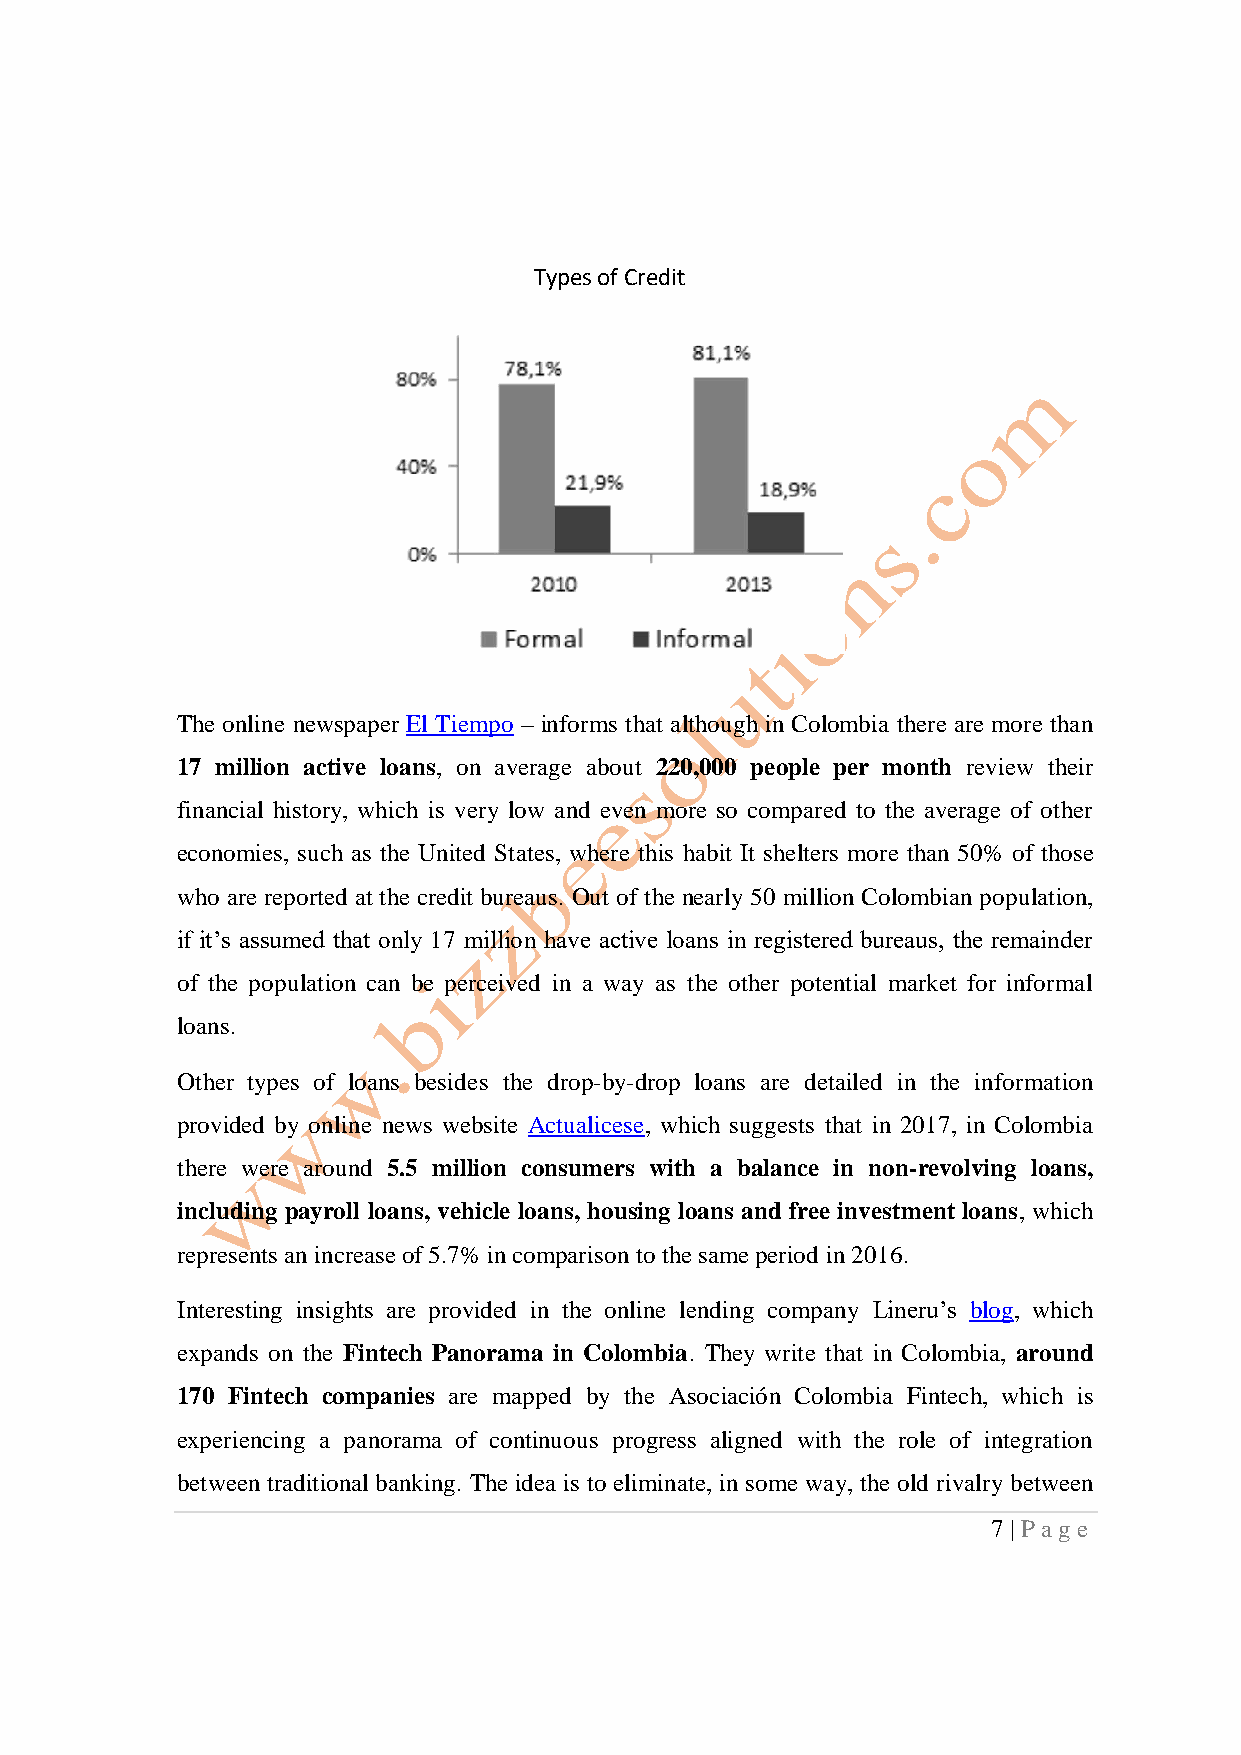
Types of Credit
 The online newspaper El Tiempo – informs that although in Colombia there are more than
 17 million active loans, on average about 220,000 people per month review their
 financial history, which is very low and even more so compared to the average of other
 economies, such as the United States, where this habit It shelters more than 50% of those
 who are reported at the credit bureaus. Out of the nearly 50 million Colombian population,
 if it’s assumed that only 17 million have active loans in registered bureaus, the remainder
 of the population can be perceived in a way as the other potential market for informal
 loans.
 Other types of loans besides the drop-by-drop loans are detailed in the information
 provided by online news website Actualicese, which suggests that in 2017, in Colombia
 there were around 5.5 million consumers with a balance in non-revolving loans,
 including payroll loans, vehicle loans, housing loans and free investment loans, which
 represents an increase of 5.7% in comparison to the same period in 2016.
 Interesting insights are provided in the online lending company Lineru’s blog, which
 expands on the Fintech Panorama in Colombia. They write that in Colombia, around
 170 Fintech companies are mapped by the Asociación Colombia Fintech, which is
 experiencing a panorama of continuous progress aligned with the role of integration
 between traditional banking. The idea is to eliminate, in some way, the old rivalry between
 7 | P ag e